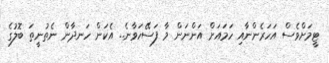
ޓީމަށްވެސް އަހަރެންނާއި ހަމައަށް އަންނަން މާ ފަސޭހަވާނެ.. އެކަން ހަނދާން ނެތުނީތަ ބޮލުގެ